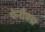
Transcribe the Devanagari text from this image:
फेरोक्स